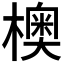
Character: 𪴃